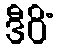
ဒီပိံ